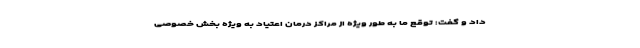
داد و گفت: توقع ما به طور ویژه از مراکز درمان اعتیاد به ویژه بخش خصوصی